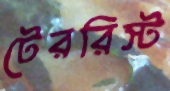
টেররিস্ট